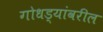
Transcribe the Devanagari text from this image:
गोधड्यांवरील